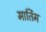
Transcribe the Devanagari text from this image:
मार्तिम